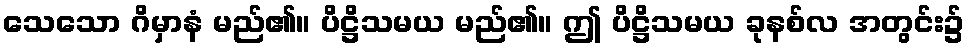
သေသော ဂိမှာနံ မည်၏။ ပိဋ္ဌိသမယ မည်၏။ ဤ ပိဋ္ဌိသမယ ခုနစ်လ အတွင်း၌